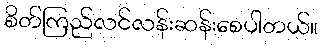
စိတ်ကြည်လင်လန်းဆန်းစေပါတယ်။